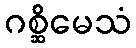
ဂစ္ဆိမေသံ